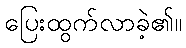
ပြေးထွက်လာခဲ့၏။